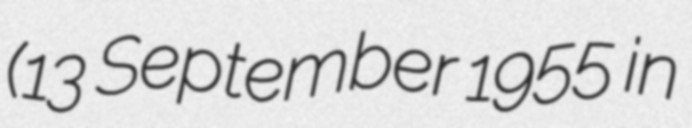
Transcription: (13 September 1955 in